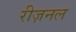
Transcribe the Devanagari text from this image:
रीज़नल